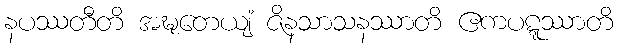
နပဿတီတိ အဍ္ဎတေယျံ ဇိနသာသနဿာတိ ဧကပဋ္ဋဿာတိ